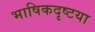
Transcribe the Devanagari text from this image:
भाषिकदृष्टया